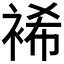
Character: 𮖆